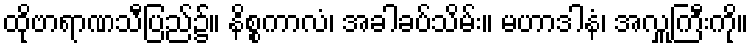
ထိုဗာရာဏသီပြည်၌။ နိစ္စကာလံ၊ အခါခပ်သိမ်း။ မဟာဒါနံ၊ အလှူကြီးကို။